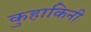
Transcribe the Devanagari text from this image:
कुहाकिनी